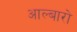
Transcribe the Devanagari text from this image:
आल्बारो